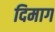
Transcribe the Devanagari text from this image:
दिमाग